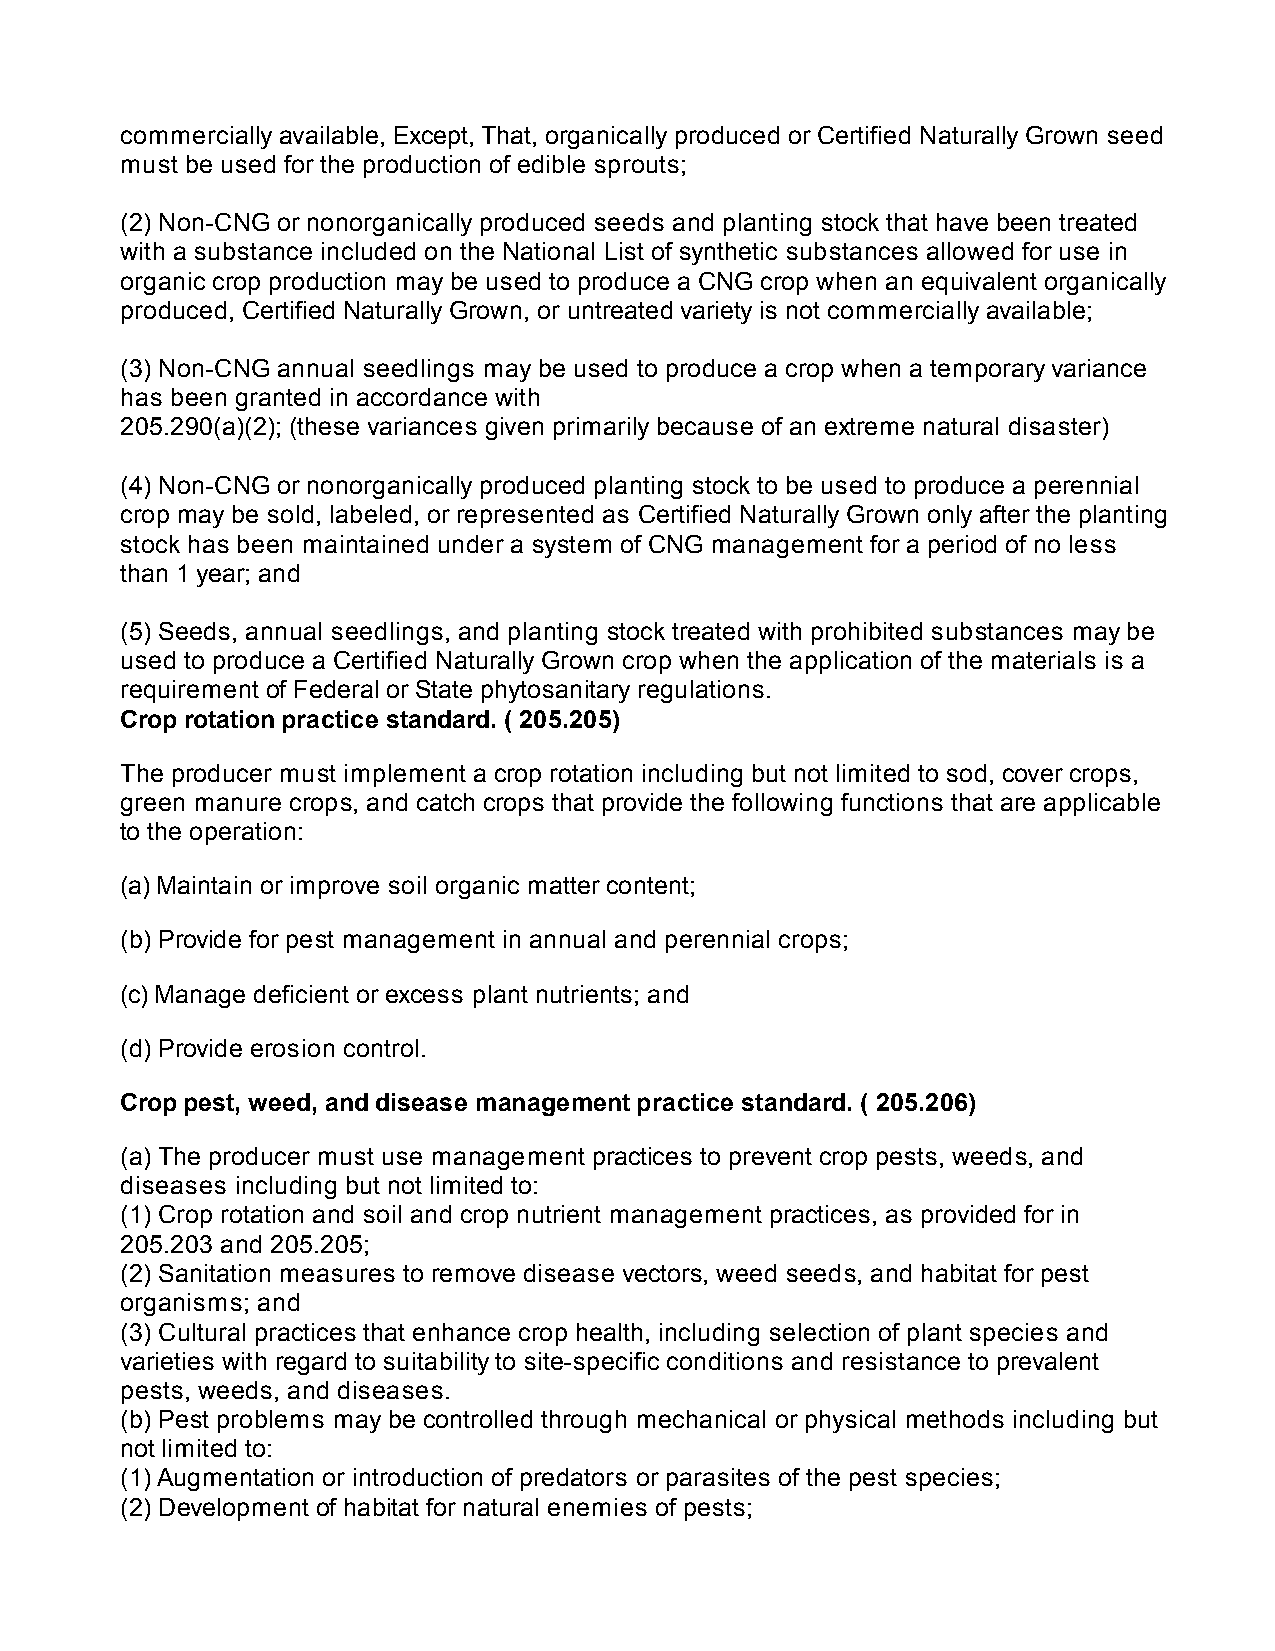
commercially available, Except, That, organically produced or Certified Naturally Grown seed
 must be used for the production of edible sprouts;
 (2) Non-CNG or nonorganically produced seeds and planting stock that have been treated
 with a substance included on the National List of synthetic substances allowed for use in
 organic crop production may be used to produce a CNG crop when an equivalent organically
 produced, Certified Naturally Grown, or untreated variety is not commercially available;
 (3) Non-CNG annual seedlings may be used to produce a crop when a temporary variance
 has been granted in accordance with
 205.290(a)(2); (these variances given primarily because of an extreme natural disaster)
 (4) Non-CNG or nonorganically produced planting stock to be used to produce a perennial
 crop may be sold, labeled, or represented as Certified Naturally Grown only after the planting
 stock has been maintained under a system of CNG management for a period of no less
 than 1 year; and
 (5) Seeds, annual seedlings, and planting stock treated with prohibited substances may be
 used to produce a Certified Naturally Grown crop when the application of the materials is a
 requirement of Federal or State phytosanitary regulations.
 Crop rotation practice standard. ( 205.205)
 The producer must implement a crop rotation including but not limited to sod, cover crops,
 green manure crops, and catch crops that provide the following functions that are applicable
 to the operation:
 (a) Maintain or improve soil organic matter content;
 (b) Provide for pest management in annual and perennial crops;
 (c) Manage deficient or excess plant nutrients; and
 (d) Provide erosion control.
 Crop pest, weed, and disease management practice standard. ( 205.206)
 (a) The producer must use management practices to prevent crop pests, weeds, and
 diseases including but not limited to:
 (1) Crop rotation and soil and crop nutrient management practices, as provided for in
 205.203 and 205.205;
 (2) Sanitation measures to remove disease vectors, weed seeds, and habitat for pest
 organisms; and
 (3) Cultural practices that enhance crop health, including selection of plant species and
 varieties with regard to suitability to site-specific conditions and resistance to prevalent
 pests, weeds, and diseases.
 (b) Pest problems may be controlled through mechanical or physical methods including but
 not limited to:
 (1) Augmentation or introduction of predators or parasites of the pest species;
 (2) Development of habitat for natural enemies of pests;